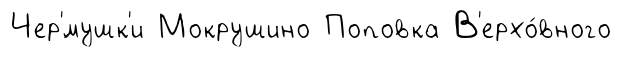
Чер'́мушк'и Мокрушино Поповка В'ерхо́вного